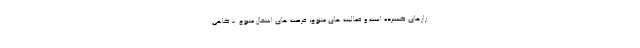
زارهای گسترده است و فعالیت های متنوع، فرصت های اشتغال متنوع. - گاهی